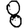
Digit: 8